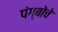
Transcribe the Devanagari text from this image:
पंग्बोचे